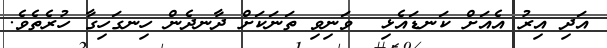
އަދި އިރު އެއަށް ކަނޑައެޅި  ވަނިވި ތަނަކަށް ދާނދެން ހިނގަހިގާ ހުރެތެވެ.